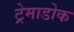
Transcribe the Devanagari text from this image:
ट्रेमाडोक